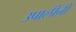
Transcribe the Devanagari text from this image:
उपालींनी